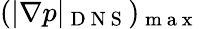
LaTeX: (|\nabla p|_{\mathrm{~D~N~S~}})_{\mathrm{~m~a~x~}}